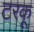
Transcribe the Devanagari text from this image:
टरकू